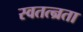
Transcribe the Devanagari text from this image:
स्वतत्न्रता